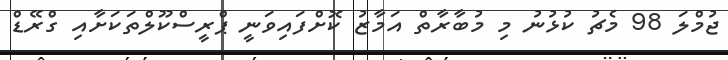
ޖުމްލަ 98 މެޗު ކުޅުނު މި މުބާރާތް އަމާޒު ކޮށްފައިވަނީ ޕްރީސްކޫލްތަކަށާއި ގްރޭޑް